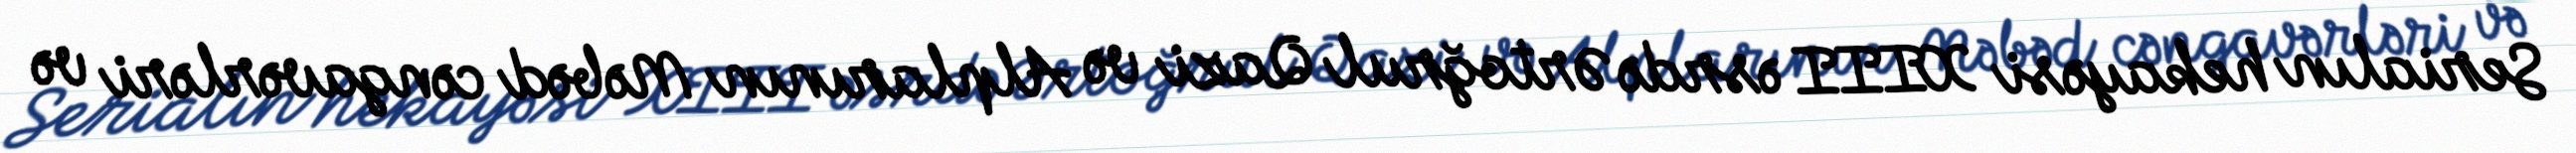
Serialın hekayəsi XIII əsrdə Ərtoğrul Qazi və Alplarının Məbəd cəngavərləri və